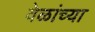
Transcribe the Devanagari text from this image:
वेळांच्या